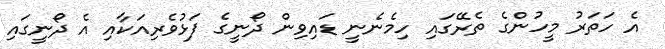
އެ ހަތަރު މީހުންގެ ތެރޭގައި ހިމެނެނީ ޑައިވިން ދޯނީގެ ފަޅުވެރިއަކާއި އެ ދޯނީގައި